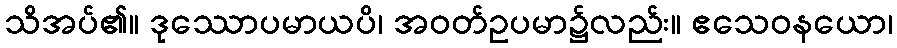
သိအပ်၏။ ဒုဿောပမာယပိ၊ အဝတ်ဥပမာ၌လည်း။ ဧသေဝနယော၊